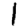
Digit: 1